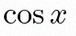
\cos x